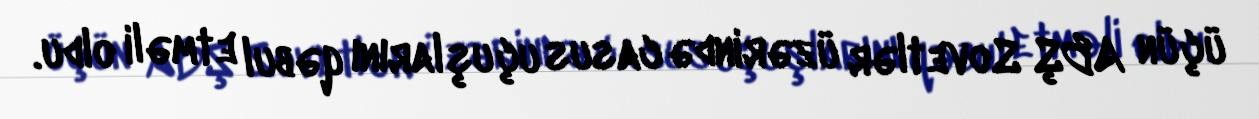
üçün ABŞ Sovetlər üzərində casus uçuşlarını qəbul etməli oldu.